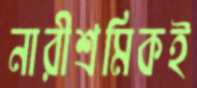
নারীশ্রমিকই